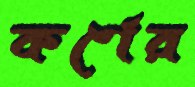
কর্ণের